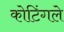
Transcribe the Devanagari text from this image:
कोटिंगले